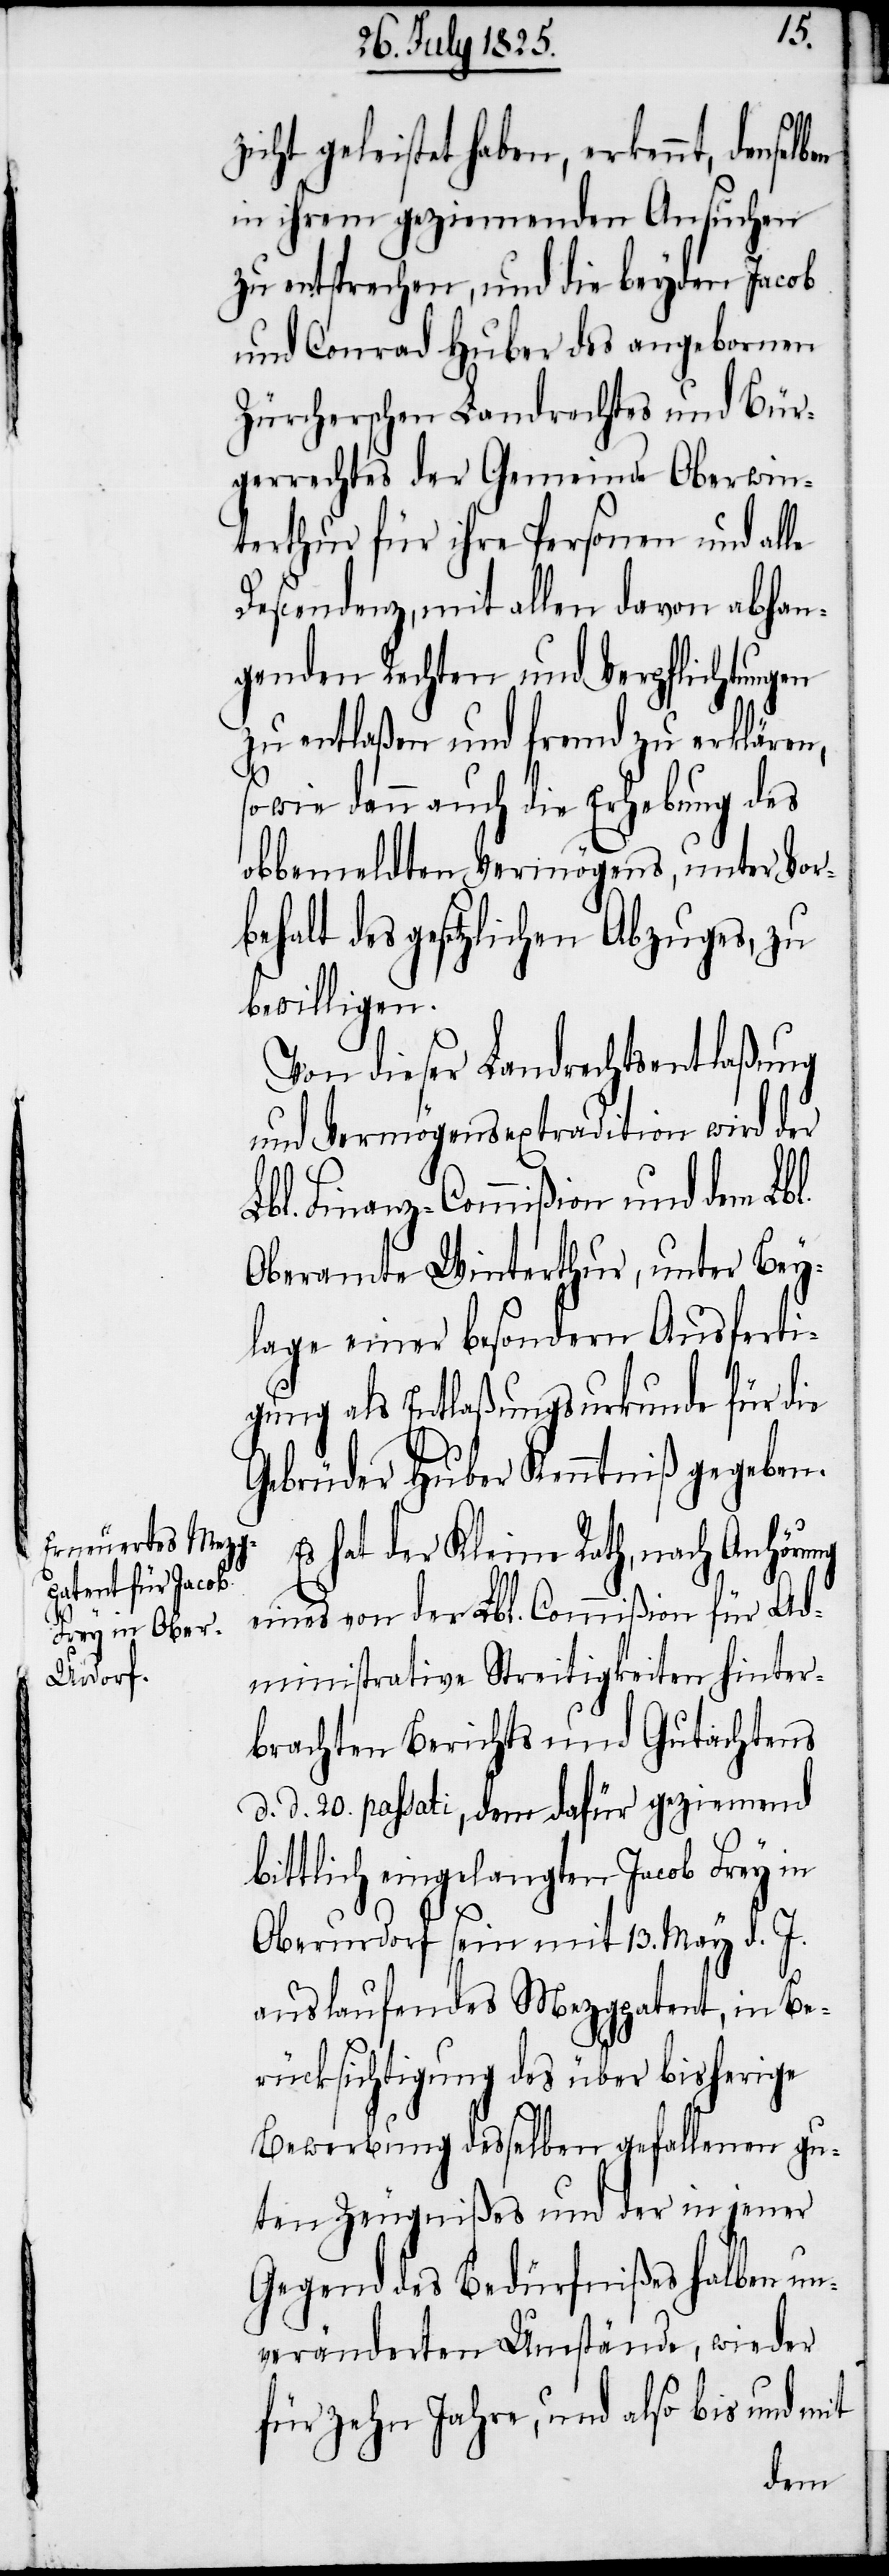
ng
icht geleistet haben, erkennt, densel¬
in ihrem geziemenden Ansuchen
zu entsprechen, und die beyden Jacob
und Conrad Huber des angebornen
Zürcherschen Landrechtes und Bür¬
gerrechtes der Gemeinde Oberwin¬
terthur für ihre Personen und alle
Descendenz, mit allen davon abhan¬
genden Rechten und Verpflichtungen
zu entlaßen und fremd zu erklären,
sowie dann auch die Erhebung des
obbemeldten Vermögens, unter Vor¬
behalt des gesetzlichen Abzuges, zu
bewilligen.
von dieser Landrechtsentlaßung
und Vermögensextradition wird der
Lbl. Finanz-Commißion und dem Lbl.
Oberamte Winterthur, unter Bey¬
lage einer besondern Ausferti¬
gung als Entlaßungsurkunde für die
Gebrüder Huber Kenntniß gegeben.
hat der Kleine Rath, nach Anhöru¬
eines von der Lbl. Commission für Ad¬
ministrative Streitigkeiten hinter¬
brachten Berichts und Gutachtens
d. d. 20. passati, dem dafür geziemend
bittlich eingelangten Jacob Frey in
Oberurdorf sein mit 13. May d. J.
auslaufendes Mezgpatent, in Be¬
rücksichtigung des über bisherige
Bewerbung desselben gefallenen gu¬
ten Zeugnißes und der in jener
Gegend des Bedürfnißes halber un¬
veränderten Umstände, wieder
für zehn Jahre, und also bis und mit
ben